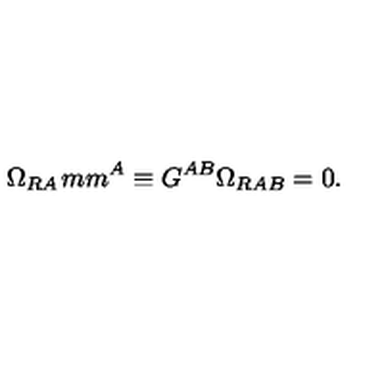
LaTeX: \Omega _ { R A } \hspace * { 1 m m } ^ { A } \equiv G ^ { A B } \Omega _ { R A B } = 0 .